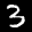
Label: 3